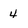
Character: 4